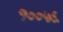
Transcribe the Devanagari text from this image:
१००५६